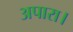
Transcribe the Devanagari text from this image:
अपारा।